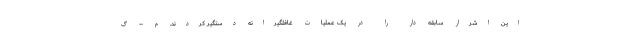
این اشرار سابقه دار را در یک عملیات غافلگیرانه دستگیر کردند. م – گ